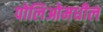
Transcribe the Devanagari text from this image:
पोलिओमधील